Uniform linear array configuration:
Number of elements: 24
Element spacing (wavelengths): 0.5
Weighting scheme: blackman
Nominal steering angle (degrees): -60
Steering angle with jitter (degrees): -61.094
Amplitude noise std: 0.05
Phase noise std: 0.05

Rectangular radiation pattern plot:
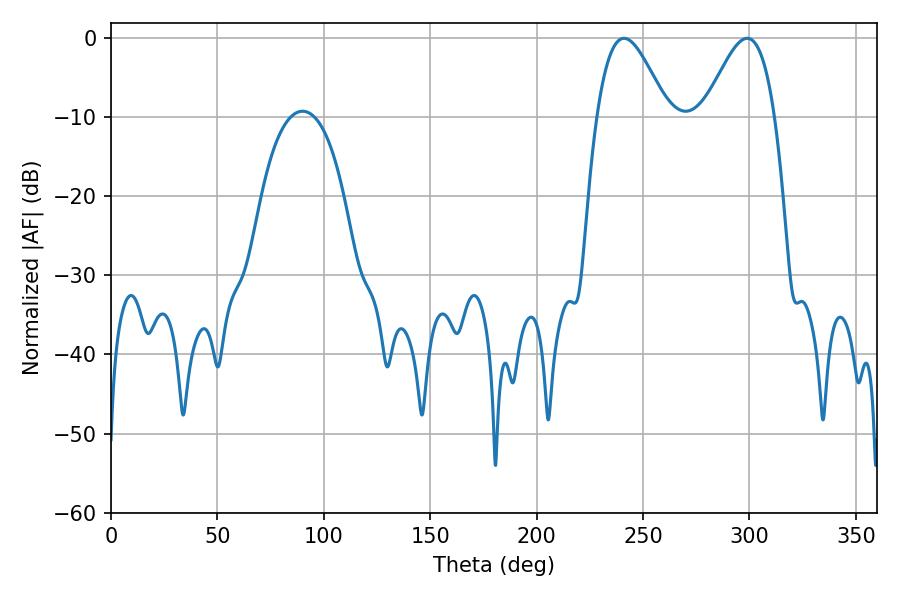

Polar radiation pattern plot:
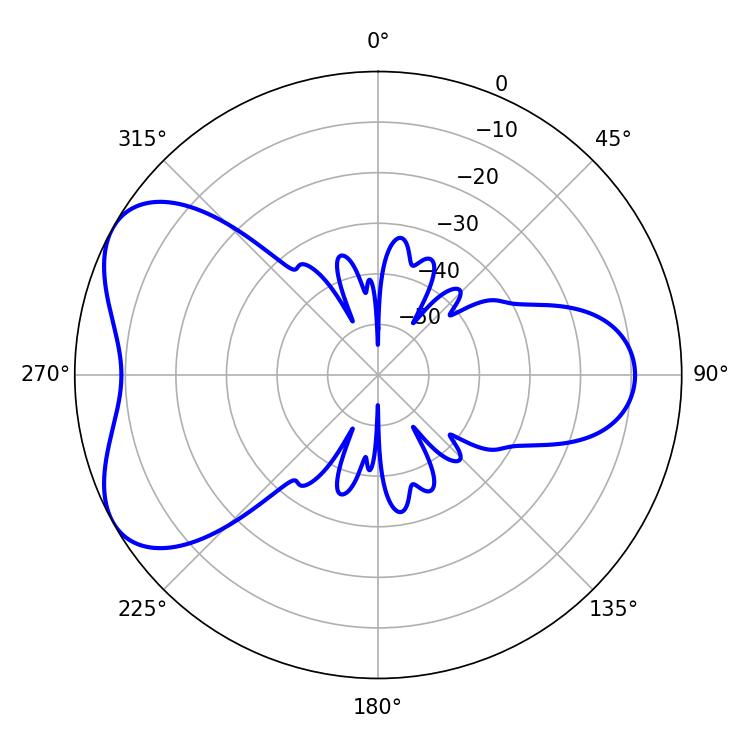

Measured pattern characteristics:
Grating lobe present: FALSE
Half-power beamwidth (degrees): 17.82
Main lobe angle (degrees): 241.02